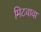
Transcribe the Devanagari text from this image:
मिटवावा